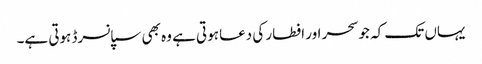
یہاں تک کہ جو سحر اور افطار کی دعا ہوتی ہے وہ بھی سپانسرڈ ہوتی ہے۔